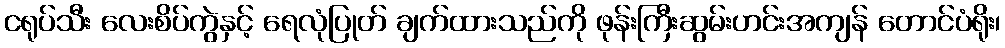
ငရုပ်သီး လေးစိပ်ကွဲနှင့် ရေလုံပြုတ် ချက်ထားသည်ကို ဖုန်းကြီးဆွမ်းဟင်းအကျန် တောင်ပံရိုး၊